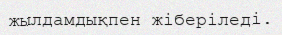
жылдамдықпен жіберіледі.